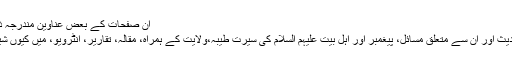
ان صفحات کے بعض عناوین مندرجہ ذیل ہیں:
قرآن،حدیث اور ان سے متعلق مسائل، پیغمبر اور اہل بیت علیہم السلام کی سیرت طیبہ،ولایت کے ہمراہ، مقالہ، تقاریر، انٹرویو، میں کیوں شیعہ ہوا؟